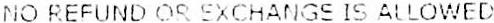
NO REFUND OR EXCHANGE IS ALLOWED